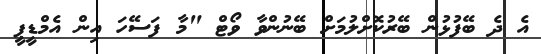
އެ ދެ ބޭފުޅުން ބޭރުކޮށްލުމަށް ބޭނުންވާ ވޯޓް "މާ ފަސޭހަ އިން އެމްޑީޕީ